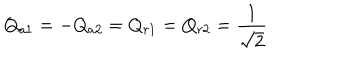
Q _ { a 1 } = - Q _ { a 2 } = Q _ { r 1 } = Q _ { r 2 } = { \frac { 1 } { \sqrt { 2 } } }